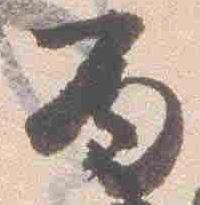
丙